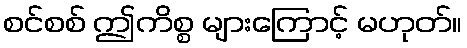
စင်စစ် ဤကိစ္စ များကြောင့် မဟုတ်။